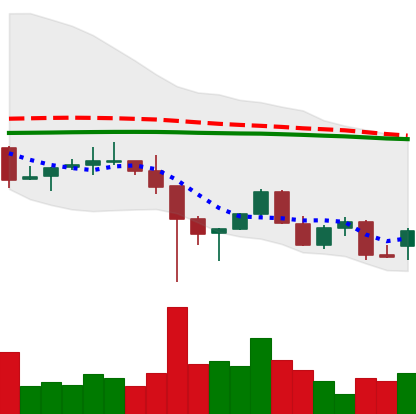
Ticker: LINK-USD
Chart end date: 2021-12-15
Forward return: -4.905%
Label: down_3_5